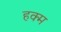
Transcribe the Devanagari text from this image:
हक्म